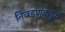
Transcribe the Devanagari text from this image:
निवडणूकपूर्व